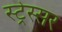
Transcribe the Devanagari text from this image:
स्ट्रेस्सर